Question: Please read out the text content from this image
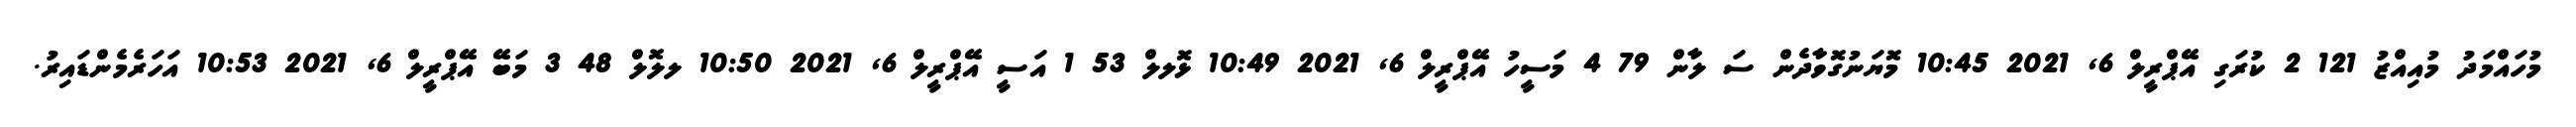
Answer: މުހައްމަދު މުއިއްޒު 121 2 ކުރަގި އޭޕްރީލް 6, 2021 10:45 މޮޔަނުގޮވާދެން ސަ ލާން 79 4 މަސީހު އޭޕްރީލް 6, 2021 10:49 ޅޮލލް 53 1 އަސީ އޭޕްރީލް 6, 2021 10:50 ލލޮލް 48 3 މަބޭ އޭޕްރީލް 6, 2021 10:53 އަހަރެމެންޑައިރު.